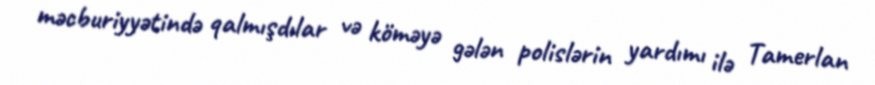
məcburiyyətində qalmışdılar və köməyə gələn polislərin yardımı ilə Tamerlan